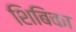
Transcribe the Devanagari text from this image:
शिबिका